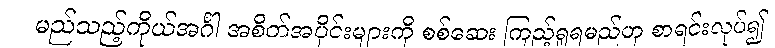
မည်သည့်ကိုယ်အင်္ဂါ အစိတ်အပိုင်းများကို စစ်ဆေး ကြည့်ရှုရမည်ဟု စာရင်းလုပ်၍